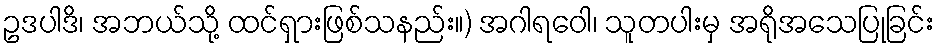
ဥဒပါဒိ၊ အဘယ်သို့ ထင်ရှားဖြစ်သနည်း။) အဂါရဝေါ၊ သူတပါးမှ အရိုအသေပြုခြင်း